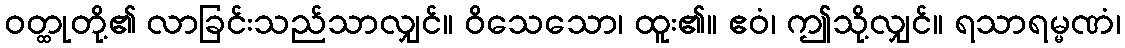
ဝတ္ထုတို့၏ လာခြင်းသည်သာလျှင်။ ဝိသေသော၊ ထူး၏။ ဧဝံ၊ ဤသို့လျှင်။ ရသာရမ္မဏံ၊